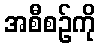
အစီစဉ်ကို